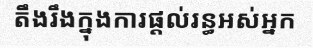
តឹងរឹងក្នុងការផ្តល់រន្ធអស់អ្នក